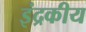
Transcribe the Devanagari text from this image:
इंद्रकीय